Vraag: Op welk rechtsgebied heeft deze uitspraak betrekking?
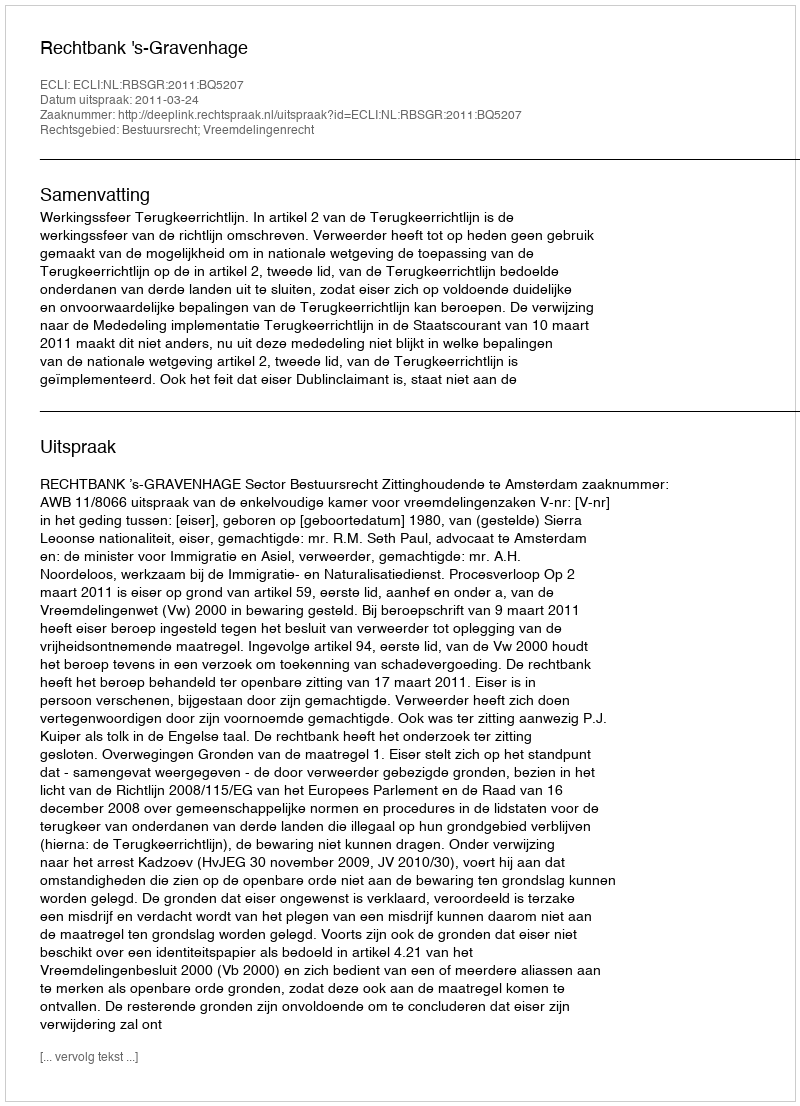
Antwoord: Bestuursrecht; Vreemdelingenrecht